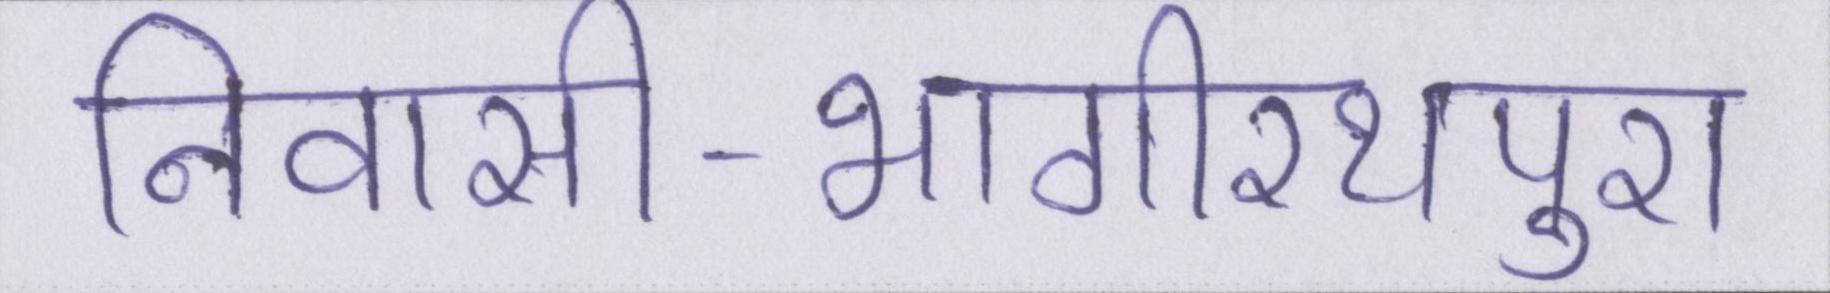
निवासी-भागीरथपुरा